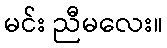
မင်း ညီမလေး။